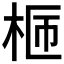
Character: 𣑙